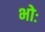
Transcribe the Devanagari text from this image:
भोः